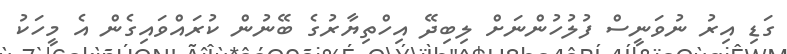
ގަޑި އިރު ނުވަނީސް ފުލުހުންނަށް ލިބިދޭ އިހްތިޔާރުގެ ބޭނުން ކުރައްވައިގެން އެ މީހަކު